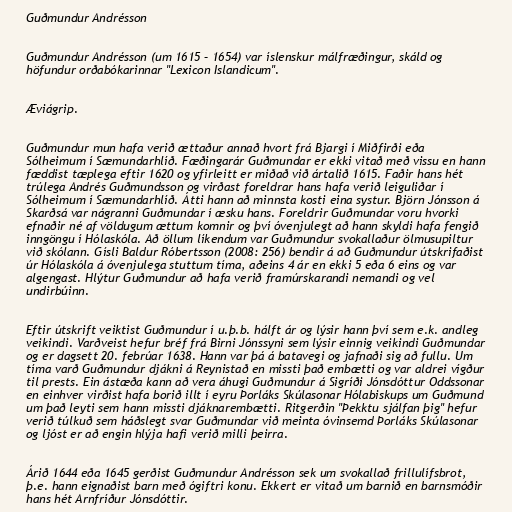
Guðmundur Andrésson

Guðmundur Andrésson (um 1615 – 1654) var íslenskur málfræðingur, skáld og
höfundur orðabókarinnar "Lexicon Islandicum".

Æviágrip.

Guðmundur mun hafa verið ættaður annað hvort frá Bjargi í Miðfirði eða
Sólheimum í Sæmundarhlíð. Fæðingarár Guðmundar er ekki vitað með vissu en hann
fæddist tæplega eftir 1620 og yfirleitt er miðað við ártalið 1615. Faðir hans hét
trúlega Andrés Guðmundsson og virðast foreldrar hans hafa verið leiguliðar í
Sólheimum í Sæmundarhlíð. Átti hann að minnsta kosti eina systur. Björn Jónsson á
Skarðsá var nágranni Guðmundar í æsku hans. Foreldrir Guðmundar voru hvorki
efnaðir né af völdugum ættum komnir og því óvenjulegt að hann skyldi hafa fengið
inngöngu í Hólaskóla. Að öllum líkendum var Guðmundur svokallaður ölmusupiltur
við skólann. Gísli Baldur Róbertsson (2008: 256) bendir á að Guðmundur útskrifaðist
úr Hólaskóla á óvenjulega stuttum tíma, aðeins 4 ár en ekki 5 eða 6 eins og var
algengast. Hlýtur Guðmundur að hafa verið framúrskarandi nemandi og vel
undirbúinn.

Eftir útskrift veiktist Guðmundur í u.þ.b. hálft ár og lýsir hann því sem e.k. andleg
veikindi. Varðveist hefur bréf frá Birni Jónssyni sem lýsir einnig veikindi Guðmundar
og er dagsett 20. febrúar 1638. Hann var þá á batavegi og jafnaði sig að fullu. Um
tíma varð Guðmundur djákni á Reynistað en missti það embætti og var aldrei vígður
til prests. Ein ástæða kann að vera áhugi Guðmundur á Sigríði Jónsdóttur Oddssonar
en einhver virðist hafa borið illt í eyru Þorláks Skúlasonar Hólabiskups um Guðmund
um það leyti sem hann missti djáknarembætti. Ritgerðin "Þekktu sjálfan þig" hefur
verið túlkuð sem háðslegt svar Guðmundar við meinta óvinsemd Þorláks Skúlasonar
og ljóst er að engin hlýja hafi verið milli þeirra.

Árið 1644 eða 1645 gerðist Guðmundur Andrésson sek um svokallað frillulífsbrot,
þ.e. hann eignaðist barn með ógiftri konu. Ekkert er vitað um barnið en barnsmóðir
hans hét Arnfríður Jónsdóttir.